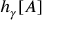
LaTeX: h _ { \gamma } [ A ]